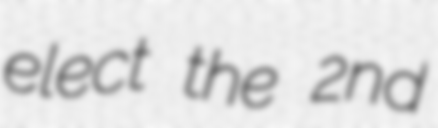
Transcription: elect the 2nd